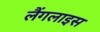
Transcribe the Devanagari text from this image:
लैंगलाइस